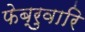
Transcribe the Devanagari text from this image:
फेब्रुवारि